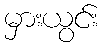
မှားယွင်း